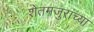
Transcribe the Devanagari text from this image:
शेतमजुरांच्या